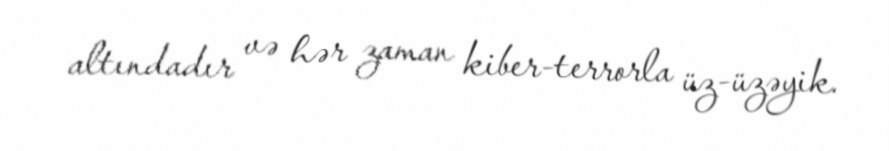
altındadır və hər zaman kiber-terrorla üz-üzəyik.